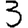
Digit: 3